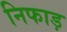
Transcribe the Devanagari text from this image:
निफाड़